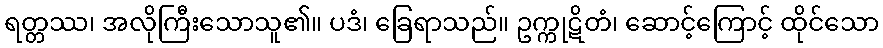
ရတ္တဿ၊ အလိုကြီးသောသူ၏။ ပဒံ၊ ခြေရာသည်။ ဥက္ကုဋိတံ၊ ဆောင့်ကြောင့် ထိုင်သော